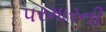
પરમારની